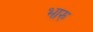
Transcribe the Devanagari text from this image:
भारु